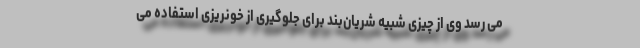
می رسد وی از چیزی شبیه شریان‌بند برای جلوگیری از خونریزی استفاده می